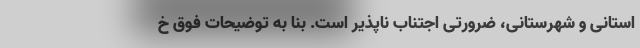
استانی و شهرستانی، ضرورتی اجتناب ناپذیر است. بنا به توضیحات فوق خ